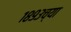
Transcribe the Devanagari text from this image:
१८९३च्या